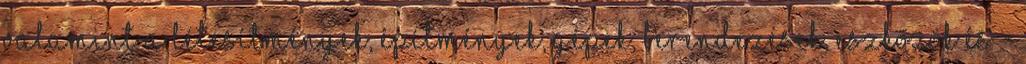
valamint a létesítmények, építmények, gépek, berendezések, eszközök és -